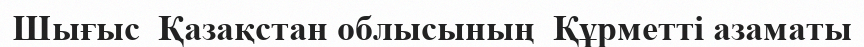
Шығыс  Қазақстан облысының  Құрметті азаматы